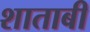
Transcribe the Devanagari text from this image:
शाताबी